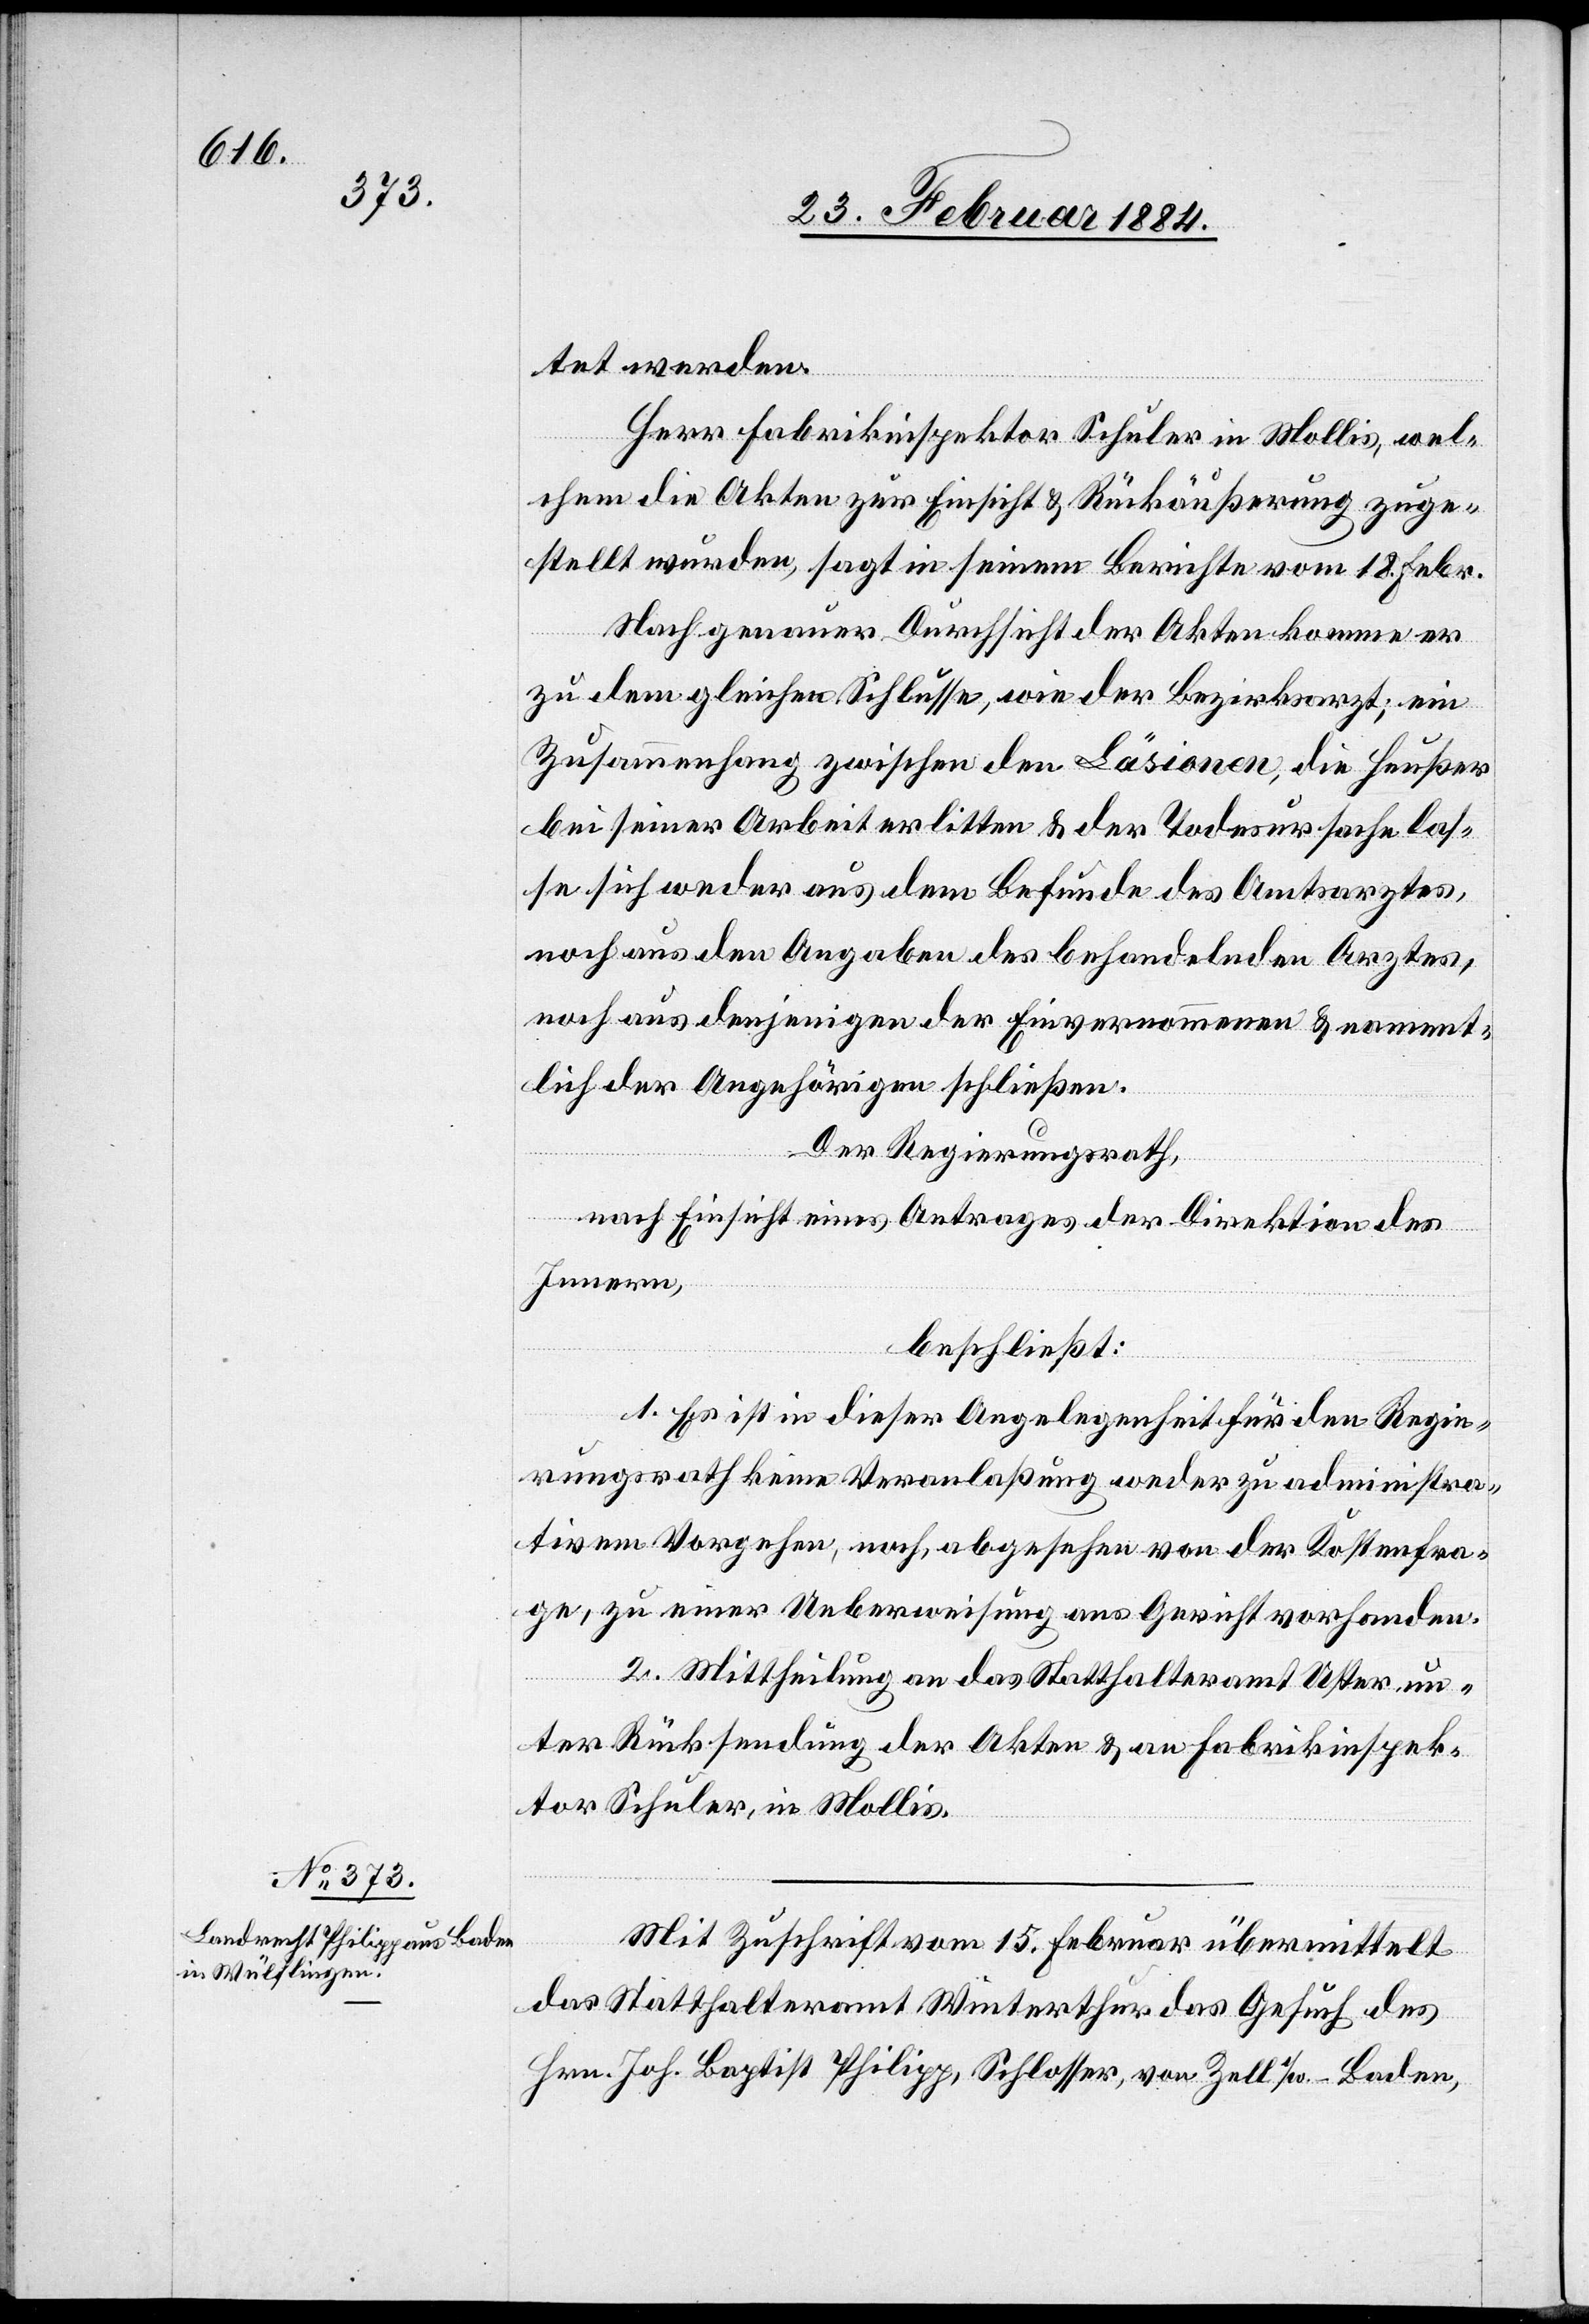
tet werden.
Herr Fabrikinspektor Schuler in Mollis, wel¬
chem die Akten zur Einsicht & Rückäußerung zuge¬
stellt wurden, sagt in seinem Berichte vom 18. Febr.:
Nach genauer Durchsicht der Akten komme er
zu dem gleichen Schlusse, wie der Bezirksarzt; ein
Zusammenhang zwischen den Läsionen, die Heußer
bei seiner Arbeit erlitten & der Todesursache las¬
se sich weder aus dem Befunde des Amtsarztes,
noch aus denjenigen der Einvernommenen & nament¬
lich der Angehörigen schließen.
Der Regierungsrath,
nach Einsicht eines Antrages der Direktion des
Innern,
beschließt:
1. Es ist in dieser Angelegenheit für den Regie¬
rungsrath keine Veranlaßung weder zu administra¬
tivem Vorgehen, noch, abgesehen von der Kostenfra¬
ge, zu einer Ueberweisung ans Gericht vorhanden.
2. Mittheilung an das Statthalteramt Uster un¬
ter Rücksendung der Akten & an Fabrikinspek¬
tor Schuler, in Mollis.
Mit Zuschrift vom 15. Februar übermittelt
das Statthalteramt Winterthur das Gesuch des
Hrn. Joh. Baptist Philipp, Schlosser, von Zell I/W. – Baden,